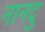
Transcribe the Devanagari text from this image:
नानदु